Taavet_Bergmanni_abiraha_sihtasutus, lk 11
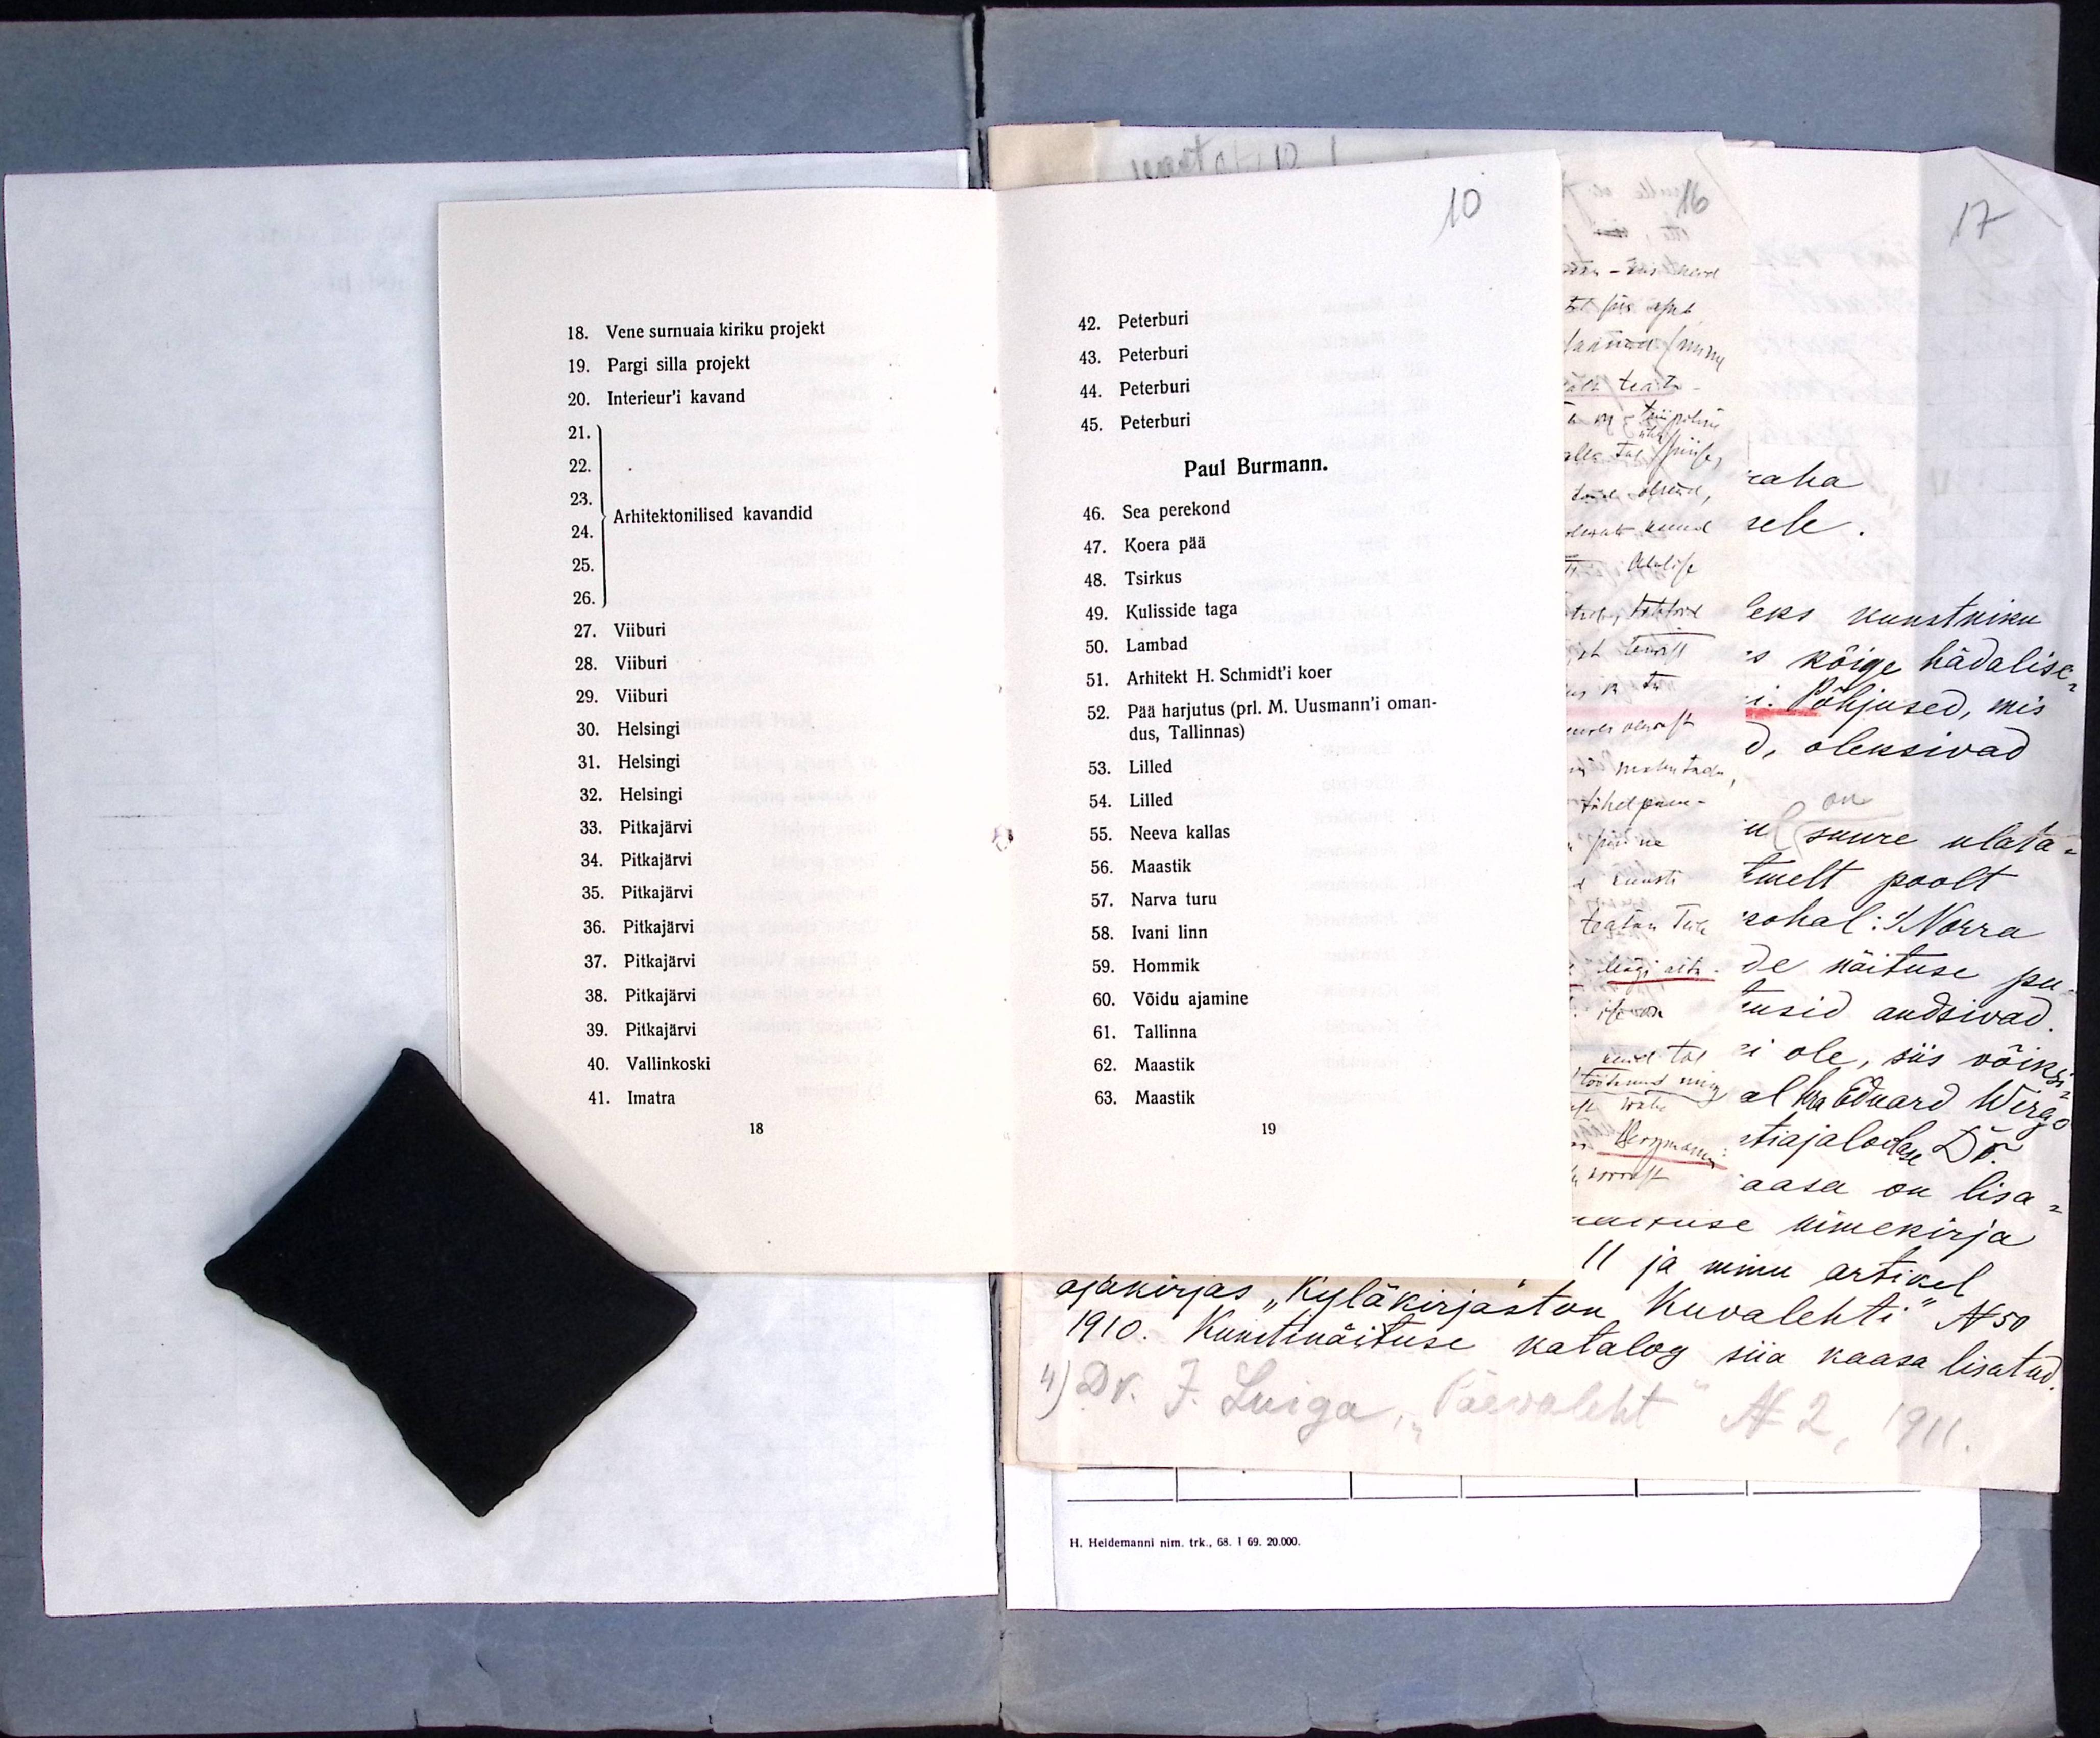
18. Vene surnuaia kiriku projekt
19. Pargi silla projekt
20. Interieur'i kavand
21.
22.
23.
} Arhitektonilised kavandid
24.
25.
26.
27. Viiburi
28. Viiburi
29. Viiburi
30. Helsingi
31. Helsingi
32. Helsingi
33. Pitkajärvi
34. Pitkajärvi
35. Pitkajärvi
36. Pitkajärvi
37. Pitkajärvi
38. Pitkajärvi
39. Pitkajärvi
40. Vallinkoski
41. Imatra
18

10
42. Peterburi
43. Peterburi
44. Peterburi
45. Peterburi
Paul Burmann.
46. Sea perekond
47. Koera pää
48. Tsirkus
49. Kulisside taga
50. Lambad
51. Arhitekt H. Schmidt'i koer
52. Pää harjutus (prl. M. Uusmann'i oman-
dus, Tallinnas)
53. Lilled
54. Lilled
55. Neeva kallas
56. Maastik
57. Narva turu
58. Ivani linn
59. Hommik
60. Võidu ajamine
61. Tallinna
62. Maastik
63. Maastik
19